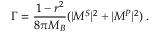
\Gamma = \frac { 1 - r ^ { 2 } } { 8 \pi M _ { B } } ( | M ^ { S } | ^ { 2 } + | M ^ { P } | ^ { 2 } ) \; .